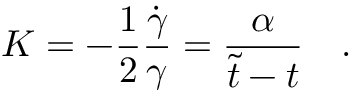
K = - \frac { 1 } { 2 } \frac { \dot { \gamma } } { \gamma } = \frac { \alpha } { \tilde { t } - t } ~ ~ ~ .